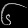
Digit: ၆